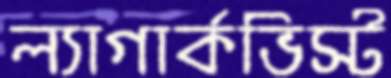
ল্যাগার্কভিস্ট